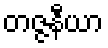
တဇ္ဇနီယာ